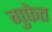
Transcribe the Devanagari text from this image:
गुफेत